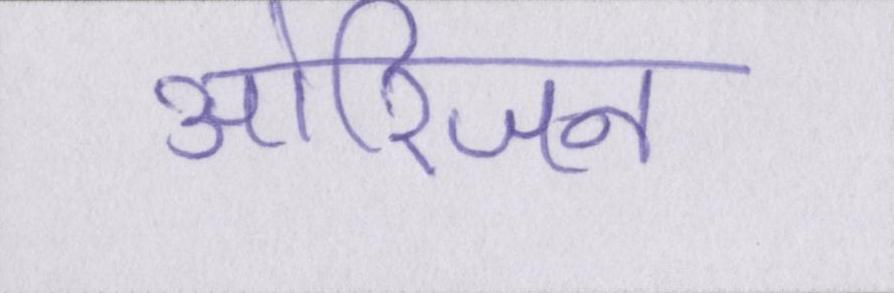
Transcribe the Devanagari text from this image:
ओरिजन